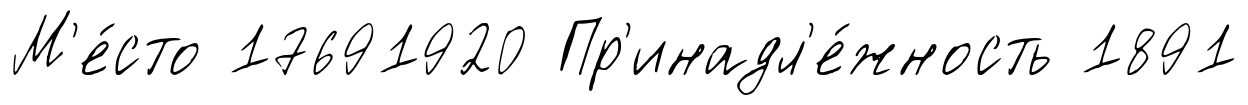
М'е́сто 17691920 Пр'инадл'е́жность 1891